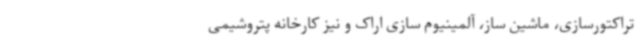
تراکتورسازی، ماشین ساز، آلمینیوم سازی اراک و نیز کارخانه پتروشیمی